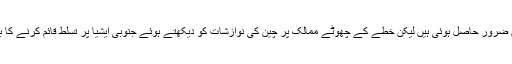
ان کوششوں میں بھارت کو کچھ اہم کامیابیاں ضرور حاصل ہوئی ہیں لیکن خطے کے چھوٹے ممالک پر چین کی نوازشات کو دیکھتے ہوئے جنوبی ایشیا پر تسلط قائم کرنے کا بھارتی منصوبہ کامیاب ہوتا ہوا نظر نہیں آتا۔